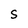
Character: S